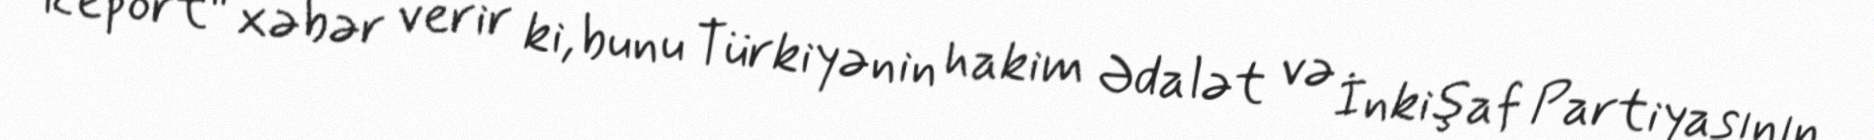
Report" xəbər verir ki, bunu Türkiyənin hakim Ədalət və İnkişaf Partiyasının